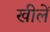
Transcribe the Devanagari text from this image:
खीलें